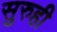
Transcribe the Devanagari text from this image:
सुरुही